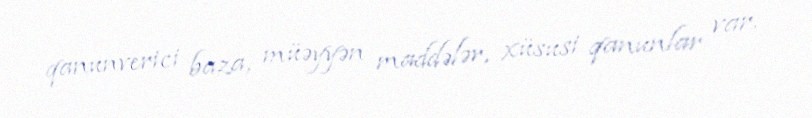
qanunverici baza, müəyyən maddələr, xüsusi qanunlar var.